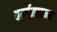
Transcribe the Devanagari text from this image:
बर्मामाइन्स